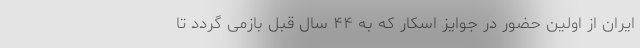
ایران از اولین حضور در جوایز اسکار که به ۴۴ سال قبل بازمی گردد تا